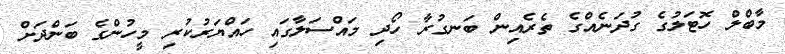
މާބްލް ހޮޓަލުގެ ގުދަނެއްގެ ތެރެއިން ބަނގުރާ ހޯދި މައްސަލާގައި ހައްޔަރުކުރި މީހުންގެ ބަންދަށް